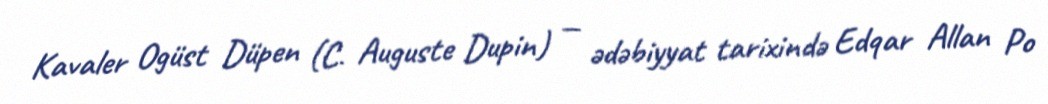
Kavaler Ogüst Düpen (C. Auguste Dupin) — ədəbiyyat tarixində Edqar Allan Po